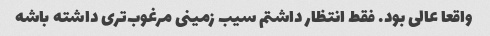
واقعا عالی بود. فقط انتظار داشتم سیب زمینی مرغوب‌تری داشته باشه